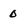
Character: 0